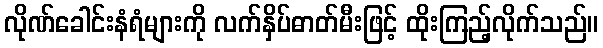
လိုဏ်ခေါင်းနံရံများကို လက်နှိပ်ဓာတ်မီးဖြင့် ထိုးကြည့်လိုက်သည်။